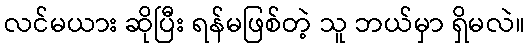
လင်မယား ဆိုပြီး ရန်မဖြစ်တဲ့ သူ ဘယ်မှာ ရှိမလဲ။